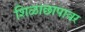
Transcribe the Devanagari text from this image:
शिळाछापावर